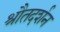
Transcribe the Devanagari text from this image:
श्रौतदर्शन